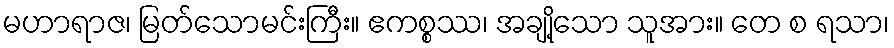
မဟာရာဇ၊ မြတ်သောမင်းကြီး။ ဧကစ္စဿ၊ အချို့သော သူအား။ တေ စ ရသာ၊